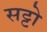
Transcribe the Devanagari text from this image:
सट्टो